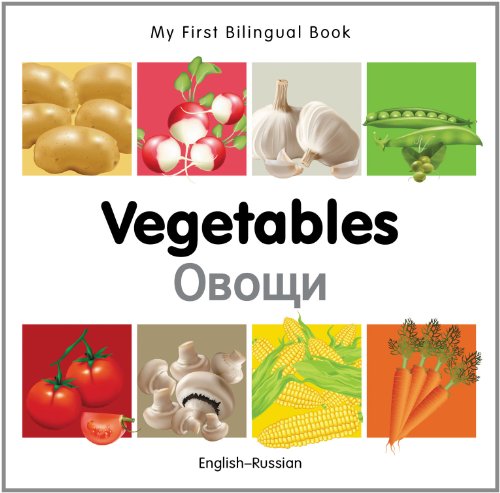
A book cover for My First Bilingual Book-Vegetables (English-Russian); Milet Publishing; Children's Books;